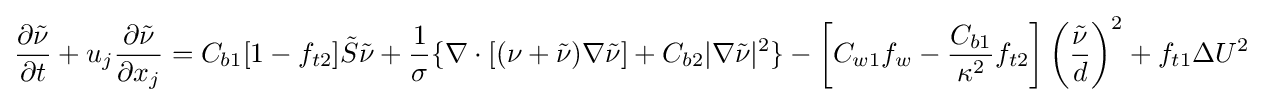
{\frac {\partial {\tilde {\nu }}}{\partial t}}+u_{j}{\frac {\partial {\tilde {\nu }}}{\partial x_{j}}}=C_{b1}[1-f_{t2}]{\tilde {S}}{\tilde {\nu }}+{\frac {1}{\sigma }}\{\nabla \cdot [(\nu +{\tilde {\nu }})\nabla {\tilde {\nu }}]+C_{b2}|\nabla {\tilde {\nu }}|^{2}\}-\left[C_{w1}f_{w}-{\frac {C_{b1}}{\kappa ^{2}}}f_{t2}\right]\left({\frac {\tilde {\nu }}{d}}\right)^{2}+f_{t1}\Delta U^{2}